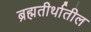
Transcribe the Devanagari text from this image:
ब्रह्मतीर्थातील